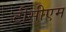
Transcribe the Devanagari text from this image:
टीसीएम